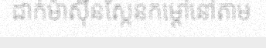
ដាក់ម៉ាស៊ីនស្កែនកម្តៅនៅតាម